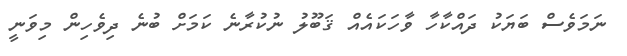
ނަމަވެސް ބަޔަކު ދައްކާހާ ވާހަކައެއް ޤަބޫލު ނުކުރާނެ ކަމަށް ބުނެ ދިވެހިން މިވަނީ